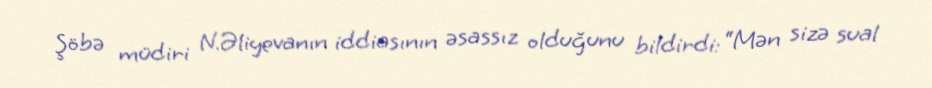
Şöbə müdiri N.Əliyevanın iddiasının əsassız olduğunu bildirdi: “Mən sizə sual